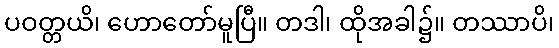
ပဝတ္တယိ၊ ဟောတော်မူပြီ။ တဒါ၊ ထိုအခါ၌။ တဿာပိ၊